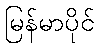
မြန်မာပိုင်